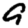
Digit: 9